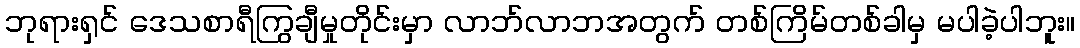
ဘုရားရှင် ဒေသစာရီကြွချီမှုတိုင်းမှာ လာဘ်လာဘအတွက် တစ်ကြိမ်တစ်ခါမှ မပါခဲ့ပါဘူး။